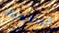
المتفجرات